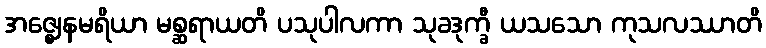
အဇ္ဈေနမရိယာ မစ္ဆရာယတိ ပသုပါလကာ သုခဒုက္ခီ ယသသော ကုသလဿာတိ